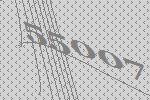
55007